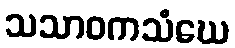
သသာဝကသံဃေ